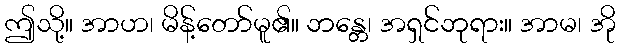
ဤသို့။ အာဟ၊ မိန့်တော်မူ၏။ ဘန္တေ၊ အရှင်ဘုရား။ အာမ၊ အို